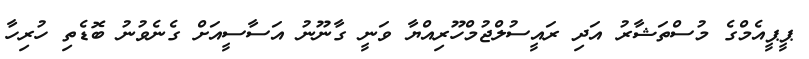
ޕީޕީއެމްގެ މުސްތަޝާރު އަދި ރައީސުލްޖުމްހޫރިއްޔާ ވަނީ ގާނޫނު އަސާސީއަށް ގެނެވުނު ބޮޑެތި ހުރިހާ